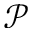
\mathcal { P }